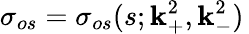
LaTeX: \sigma_{os}=\sigma_{os}(s;\mathbf{k}_{+}^{2},\mathbf{k}_{-}^{2})\,